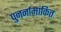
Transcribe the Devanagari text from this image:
पुनर्नामांकित